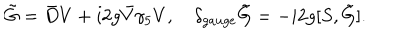
LaTeX: \tilde { G } = \bar { D } V + i 2 g \bar { V } \gamma _ { 5 } V , \quad \delta _ { g a u g e } \tilde { G } = - i 2 g [ S , \tilde { G } ] .